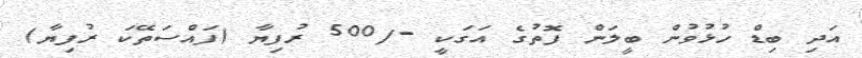
އަދި ބިޑް ހުޅުވުން ބީލަން ފޮތުގެ އަގަކީ -/500 ރުފިޔާ (ފައްސަތޭކަ ރުފިޔާ)